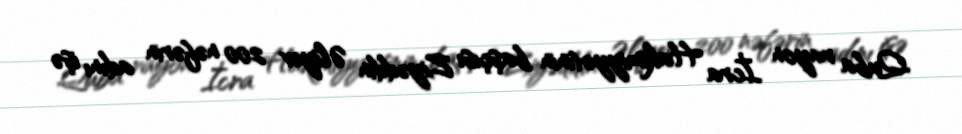
Quba rayon İcra Hakimiyyətinin başçısı Ziyəddin Əliyev 200 nəfərin adını işə